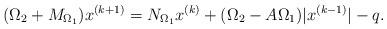
LaTeX: \begin{align*}(\Omega_2 + M_{\Omega_1})x^{(k+1)} = N_{\Omega_1}x^{(k)} + (\Omega_2 - A\Omega_1)\vert x^{(k-1)}\vert - q.\end{align*}